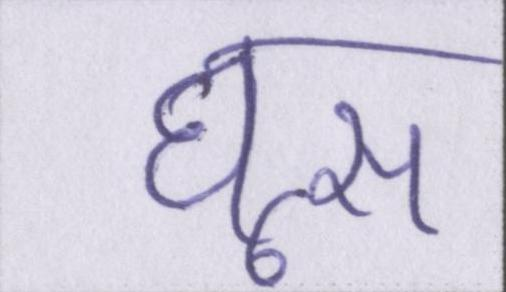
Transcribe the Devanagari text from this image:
घूस